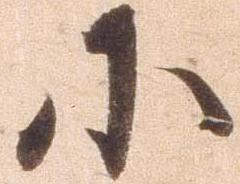
小